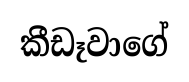
කීඩෑවාගේ